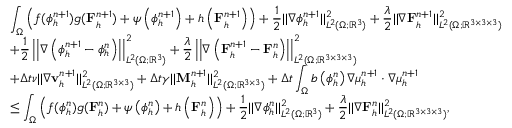
\begin{array} { r l } & { \displaystyle \int _ { \Omega } \left( f ( \phi _ { h } ^ { n + 1 } ) g ( \mathbf { F } _ { h } ^ { n + 1 } ) + \psi \left( \phi _ { h } ^ { n + 1 } \right) + h \left( \mathbf { F } _ { h } ^ { n + 1 } \right) \right) + \frac { 1 } { 2 } | | \nabla \phi _ { h } ^ { n + 1 } | | _ { L ^ { 2 } ( \Omega ; \mathbb { R } ^ { 3 } ) } ^ { 2 } + \frac { \lambda } { 2 } | | \nabla \mathbf { F } _ { h } ^ { n + 1 } | | _ { L ^ { 2 } ( \Omega ; \mathbb { R } ^ { 3 \times 3 \times 3 } ) } ^ { 2 } } \\ & { \displaystyle + \frac { 1 } { 2 } \left| \left| \nabla \left( \phi _ { h } ^ { n + 1 } - \phi _ { h } ^ { n } \right) \right| \right| _ { L ^ { 2 } ( \Omega ; \mathbb { R } ^ { 3 } ) } ^ { 2 } + \frac { \lambda } { 2 } \left| \left| \nabla \left( \mathbf { F } _ { h } ^ { n + 1 } - \mathbf { F } _ { h } ^ { n } \right) \right| \right| _ { L ^ { 2 } ( \Omega ; \mathbb { R } ^ { 3 \times 3 \times 3 } ) } ^ { 2 } } \\ & { \displaystyle + \Delta t \nu | | \nabla \mathbf { v } _ { h } ^ { n + 1 } | | _ { L ^ { 2 } ( \Omega ; \mathbb { R } ^ { 3 \times 3 } ) } ^ { 2 } + \Delta t \gamma | | \mathbf { M } _ { h } ^ { n + 1 } | | _ { L ^ { 2 } ( \Omega ; \mathbb { R } ^ { 3 \times 3 } ) } ^ { 2 } + \Delta t \int _ { \Omega } b \left( \phi _ { h } ^ { n } \right) \nabla \mu _ { h } ^ { n + 1 } \cdot \nabla \mu _ { h } ^ { n + 1 } } \\ & { \displaystyle \leq \int _ { \Omega } \left( f ( \phi _ { h } ^ { n } ) g ( \mathbf { F } _ { h } ^ { n } ) + \psi \left( \phi _ { h } ^ { n } \right) + h \left( \mathbf { F } _ { h } ^ { n } \right) \right) + \frac { 1 } { 2 } | | \nabla \phi _ { h } ^ { n } | | _ { L ^ { 2 } ( \Omega ; \mathbb { R } ^ { 3 } ) } ^ { 2 } + \frac { \lambda } { 2 } | | \nabla \mathbf { F } _ { h } ^ { n } | | _ { L ^ { 2 } ( \Omega ; \mathbb { R } ^ { 3 \times 3 \times 3 } ) } ^ { 2 } , } \end{array}